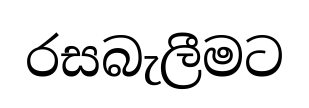
රසබැලීමට